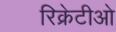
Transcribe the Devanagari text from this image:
रिक्रेटीओ